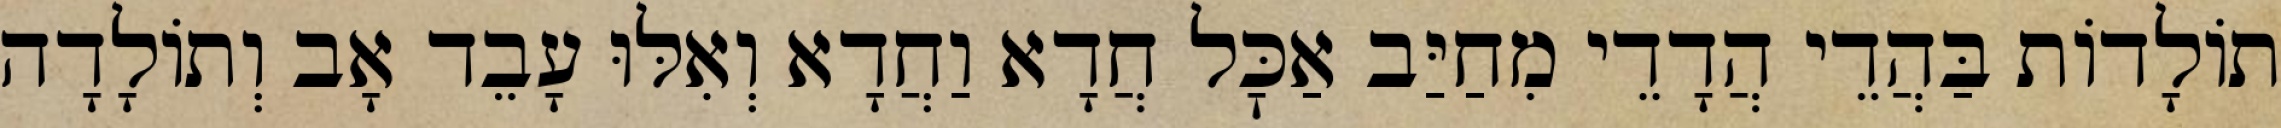
תוֹלָדוֹת בַּהֲדֵי הֲדָדֵי מִחַיַּב אַכׇּל חֲדָא וַחֲדָא וְאִלּוּ עָבֵד אָב וְתוֹלָדָה